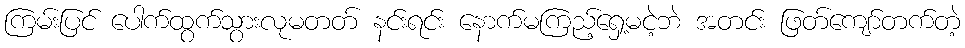
ကြမ်းပြင် ပေါက်ထွက်သွားလုမတတ် နင်းရင်း နောက်မကြည့်ရှေ့မငဲ့ဘဲ အတင်း ဖြတ်ကျော်တက်တဲ့